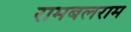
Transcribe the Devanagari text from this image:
रामबलराम